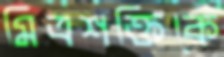
মিত্রশক্তিকে